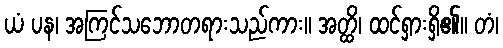
ယံ ပန၊ အကြင်သဘောတရားသည်ကား။ အတ္ထိ၊ ထင်ရှားရှိ၏။ တံ၊